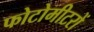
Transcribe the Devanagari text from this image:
फोटोमीटरों